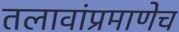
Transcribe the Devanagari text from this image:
तलावांप्रमाणेच